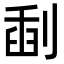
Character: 𠝞